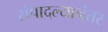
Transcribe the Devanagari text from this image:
संपादल्यानंतर